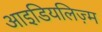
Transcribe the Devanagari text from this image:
आइडियलिज़्म